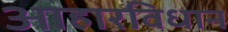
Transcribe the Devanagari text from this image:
आहारविधान